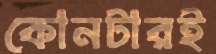
কোনটারই